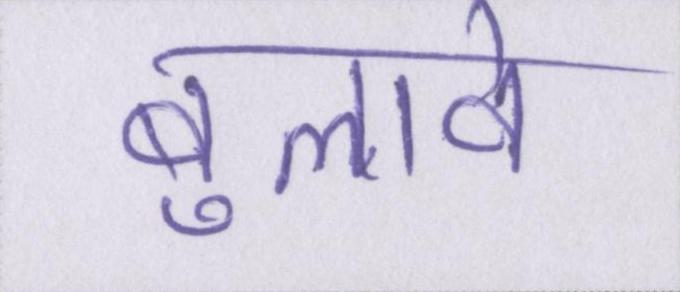
बुलावे